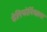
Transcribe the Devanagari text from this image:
कॅलिफोर्नियाला